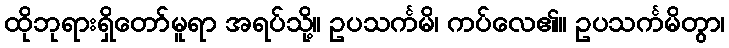
ထိုဘုရားရှိတော်မူရာ အရပ်သို့။ ဥပသင်္ကမိ၊ ကပ်လေ၏။ ဥပသင်္ကမိတွာ၊